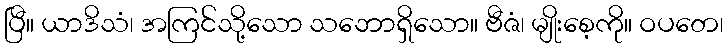
ပြီ။ ယာဒိသံ၊ အကြင်သို့သော သဘောရှိသော။ ဗီဇံ၊ မျိုးစေ့ကို။ ဝပတေ၊